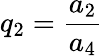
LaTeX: q_{2}=\frac{a_{2}}{a_{4}}